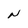
Character: N